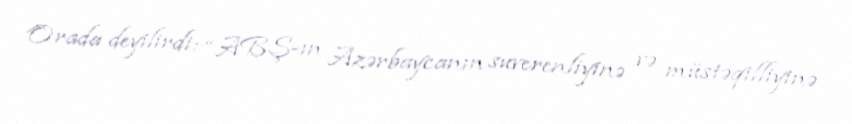
Orada deyilirdi: “ABŞ-ın Azərbaycanın suverenliyinə və müstəqilliyinə